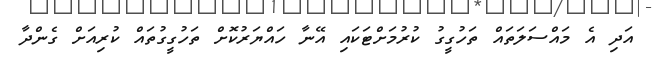
އަދި އެ މައްސަލަތައް ތަހުގީގު ކުރުމަށްޓަކައި އޭނާ ހައްޔަރުކޮށް ތަހުގީގުތައް ކުރިއަށް ގެންދާ